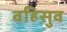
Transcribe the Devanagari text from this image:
वहिसुव